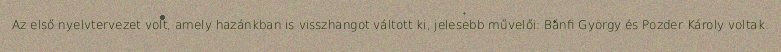
Az első nyelvtervezet volt, amely hazánkban is visszhangot váltott ki, jelesebb művelői: Bánfi György és Pozder Károly voltak.